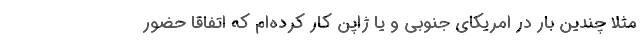
مثلا چندین بار در امریکای جنوبی و یا ژاپن کار کرده‌ام که اتفاقا حضور